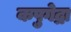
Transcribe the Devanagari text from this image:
कपुगेद्रा